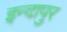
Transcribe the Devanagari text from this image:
इन्दापुर